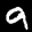
Digit: 9